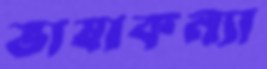
ভাষাকন্যা